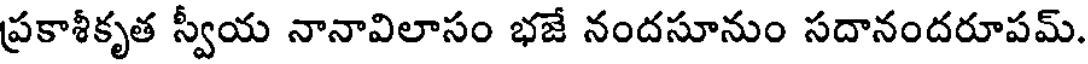
ప్రకాశీకృత స్వీయ నానావిలాసం భజే నందసూనుం సదానందరూపమ్.